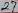
Text: 27